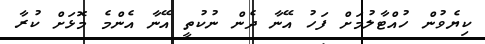
ކިޔެވުން ހުއްޓާލުމަށް ފަހު އޭނާ ދެން ނުކުތީ އޭނާ އެންމެ މޮޅަށް ކުރާ